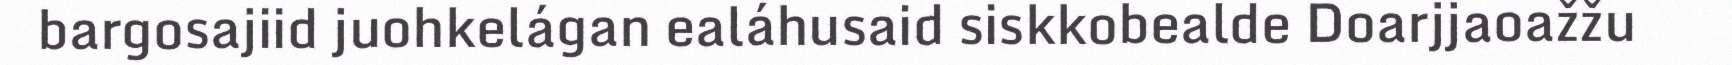
bargosajiid juohkelágan ealáhusaid siskkobealde Doarjjaoažžu